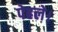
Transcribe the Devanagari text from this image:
पेहले।